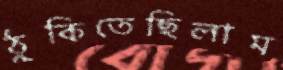
ঠুকিতেছিলাম